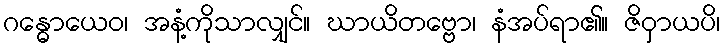
ဂန္ဓောယေဝ၊ အနံ့ကိုသာလျှင်။ ဃာယိတဗ္ဗော၊ နံအပ်ရာ၏။ ဇိဝှာယပိ၊